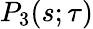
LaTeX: P_{3}{\left(s;\tau\right)}